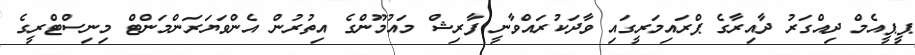
ޕީޕީއެމް ދިއްގަރު ދާއިރާގެ ޕްރައިމަރީގައި ވާދަކުރައްވާނީ ފާރިޝް މައުމޫންގެ އިތުރުން އެންވަޔަރަންމަންޓް މިނިސްޓްރީގެ